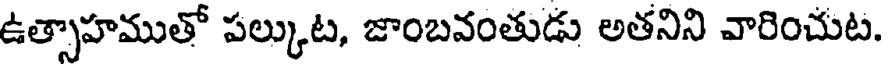
ఉత్సాహముతో పల్కుట, జాంబవంతుడు అతనిని వారించుట.